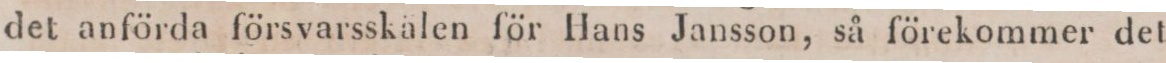
det anförda försvarsskälen för Hans Jansson, så förekommer det